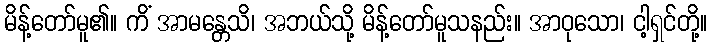
မိန့်တော်မူ၏။ ကိံ အာမန္တေသိ၊ အဘယ်သို့ မိန့်တော်မူသနည်း။ အာဝုသော၊ ငါ့ရှင်တို့။